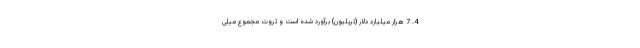
4. 7 هزار میلیارد دلار (تریلیون) برآورد شده است و ثروت مجموع میلی